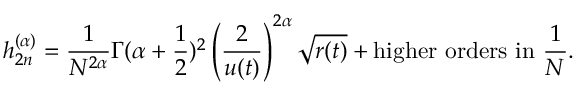
{ h } _ { 2 n } ^ { ( \alpha ) } = \frac { 1 } { N ^ { 2 \alpha } } { \Gamma ( \alpha + \frac 1 2 ) ^ { 2 } } \left( \frac { 2 } { u ( t ) } \right) ^ { 2 \alpha } \sqrt { r ( t ) } + \mathrm { h i g h e r ~ o r d e r s ~ i n ~ } \frac 1 N .